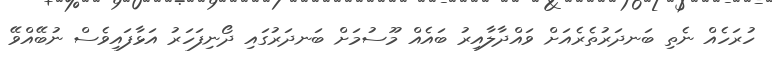
ހުރަހެއް ނެތި ބަނދަރުތެރެއަށް ވައްދާލާއިރު ބައެއް މޫސުމަށް ބަނދަރުގައި ދޯނިފަހަރު އަޅާފައިވެސް ނުބޭއްވޭ